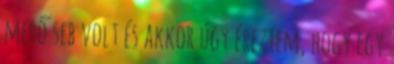
merő seb volt és akkor úgy éreztem, hogy egy